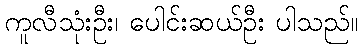
ကူလီသုံးဦး၊ ပေါင်းဆယ်ဦး ပါသည်။